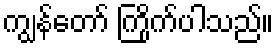
ကျွန်တော် ကြိုက်ပါသည်။